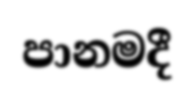
පානමදී